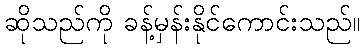
ဆိုသည်ကို ခန့်မှန်းနိုင်ကောင်းသည်။